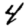
Digit: 4